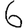
Digit: 6